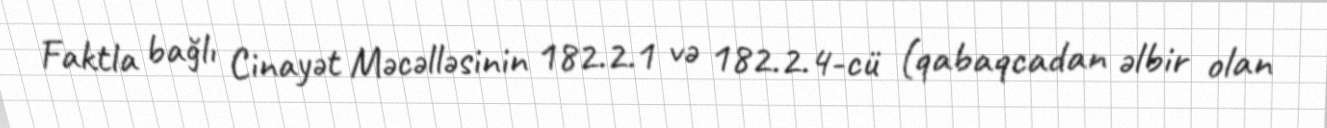
Faktla bağlı Cinayət Məcəlləsinin 182.2.1 və 182.2.4-cü (qabaqcadan əlbir olan